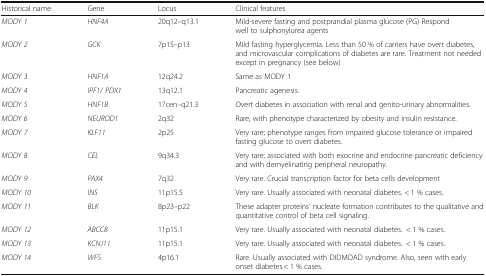
<table><thead><tr><td><b>Historical name</b></td><td><b>Gene</b></td><td><b>Locus</b></td><td><b>Clinical features</b></td></tr></thead><tbody><tr><td><i>MODY 1</i></td><td><i>HNF4A</i></td><td>20q12–q13.1</td><td>Mild-severe fasting and postprandial plasma glucose (PG) Respond well to sulphonylurea agents</td></tr><tr><td><i>MODY 2</i></td><td><i>GCK</i></td><td>7p15–p13</td><td>Mild fasting hyperglycemia. Less than 50 % of carriers have overt diabetes, and microvascular complications of diabetes are rare. Treatment not needed except in pregnancy (see below)</td></tr><tr><td><i>MODY 3</i></td><td><i>HNF1A</i></td><td>12q24.2</td><td>Same as MODY 1</td></tr><tr><td><i>MODY 4</i></td><td><i>IPF1</i>/ <i>PDX1</i></td><td>13q12.1</td><td>Pancreatic agenesis.</td></tr><tr><td><i>MODY 5</i></td><td><i>HNF1B</i></td><td>17cen–q21.3</td><td>Overt diabetes in association with renal and genito-urinary abnormalities.</td></tr><tr><td><i>MODY 6</i></td><td><i>NEUROD1</i></td><td>2q32</td><td>Rare, with phenotype characterized by obesity and insulin resistance.</td></tr><tr><td><i>MODY 7</i></td><td><i>KLF11</i></td><td>2p25</td><td>Very rare; phenotype ranges from impaired glucose tolerance or impaired fasting glucose to overt diabetes.</td></tr><tr><td><i>MODY 8</i></td><td><i>CEL</i></td><td>9q34.3</td><td>Very rare; associated with both exocrine and endocrine pancreatic deficiency and with demyelinating peripheral neuropathy.</td></tr><tr><td><i>MODY 9</i></td><td><i>PAX4</i></td><td>7q32</td><td>Very rare. Crucial transcription factor for beta cells development</td></tr><tr><td><i>MODY 10</i></td><td><i>INS</i></td><td>11p15.5</td><td>Very rare. Usually associated with neonatal diabetes. &lt; 1 % cases.</td></tr><tr><td><i>MODY 11</i></td><td><i>BLK</i></td><td>8p23–p22</td><td>These adapter proteins’ nucleate formation contributes to the qualitative and quantitative control of beta cell signaling.</td></tr><tr><td><i>MODY 12</i></td><td><i>ABCC8</i></td><td>11p15.1</td><td>Very rare. Usually associated with neonatal diabetes.&lt; 1 % cases.</td></tr><tr><td><i>MODY 13</i></td><td><i>KCNJ11</i></td><td>11p15.1</td><td>Very rare. Usually associated with neonatal diabetes.&lt; 1 % cases.</td></tr><tr><td><i>MODY 14</i></td><td><i>WFS</i></td><td>4p16.1</td><td>Rare. Usually associated with DIDMOAD syndrome. Also, seen with early onset diabetes.&lt; 1 % cases.</td></tr></tbody></table>